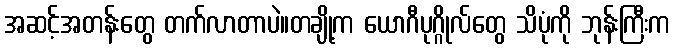
အဆင့်အတန်းတွေ တက်လာတာပဲ။တချို့က ယောဂီပုဂ္ဂိုလ်တွေ သိပုံကို ဘုန်းကြီးက